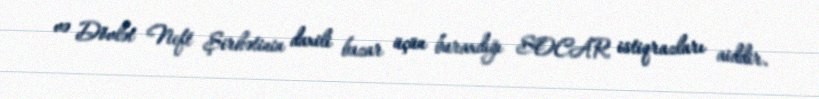
və Dövlət Neft Şirkətinin daxili bazar üçün buraxdığı SOCAR istiqrazları aiddir.